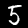
Digit: 5